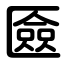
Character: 匳